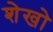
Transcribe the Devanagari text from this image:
शेखो